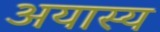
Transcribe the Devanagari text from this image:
अयास्य